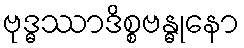
ဗုဒ္ဓဿာဒိစ္စဗန္ဓုနော